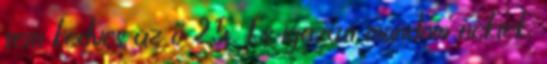
sem kedves az ő 25. És igazán mondom néktek,